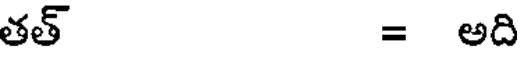
తత్ = అది